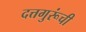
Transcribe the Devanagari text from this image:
दत्तगुरूंची